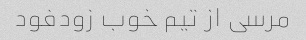
مرسی از تیم خوب زودفود